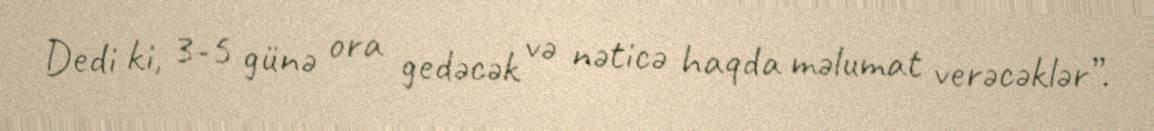
Dedi ki, 3-5 günə ora gedəcək və nəticə haqda məlumat verəcəklər”.